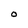
Character: O